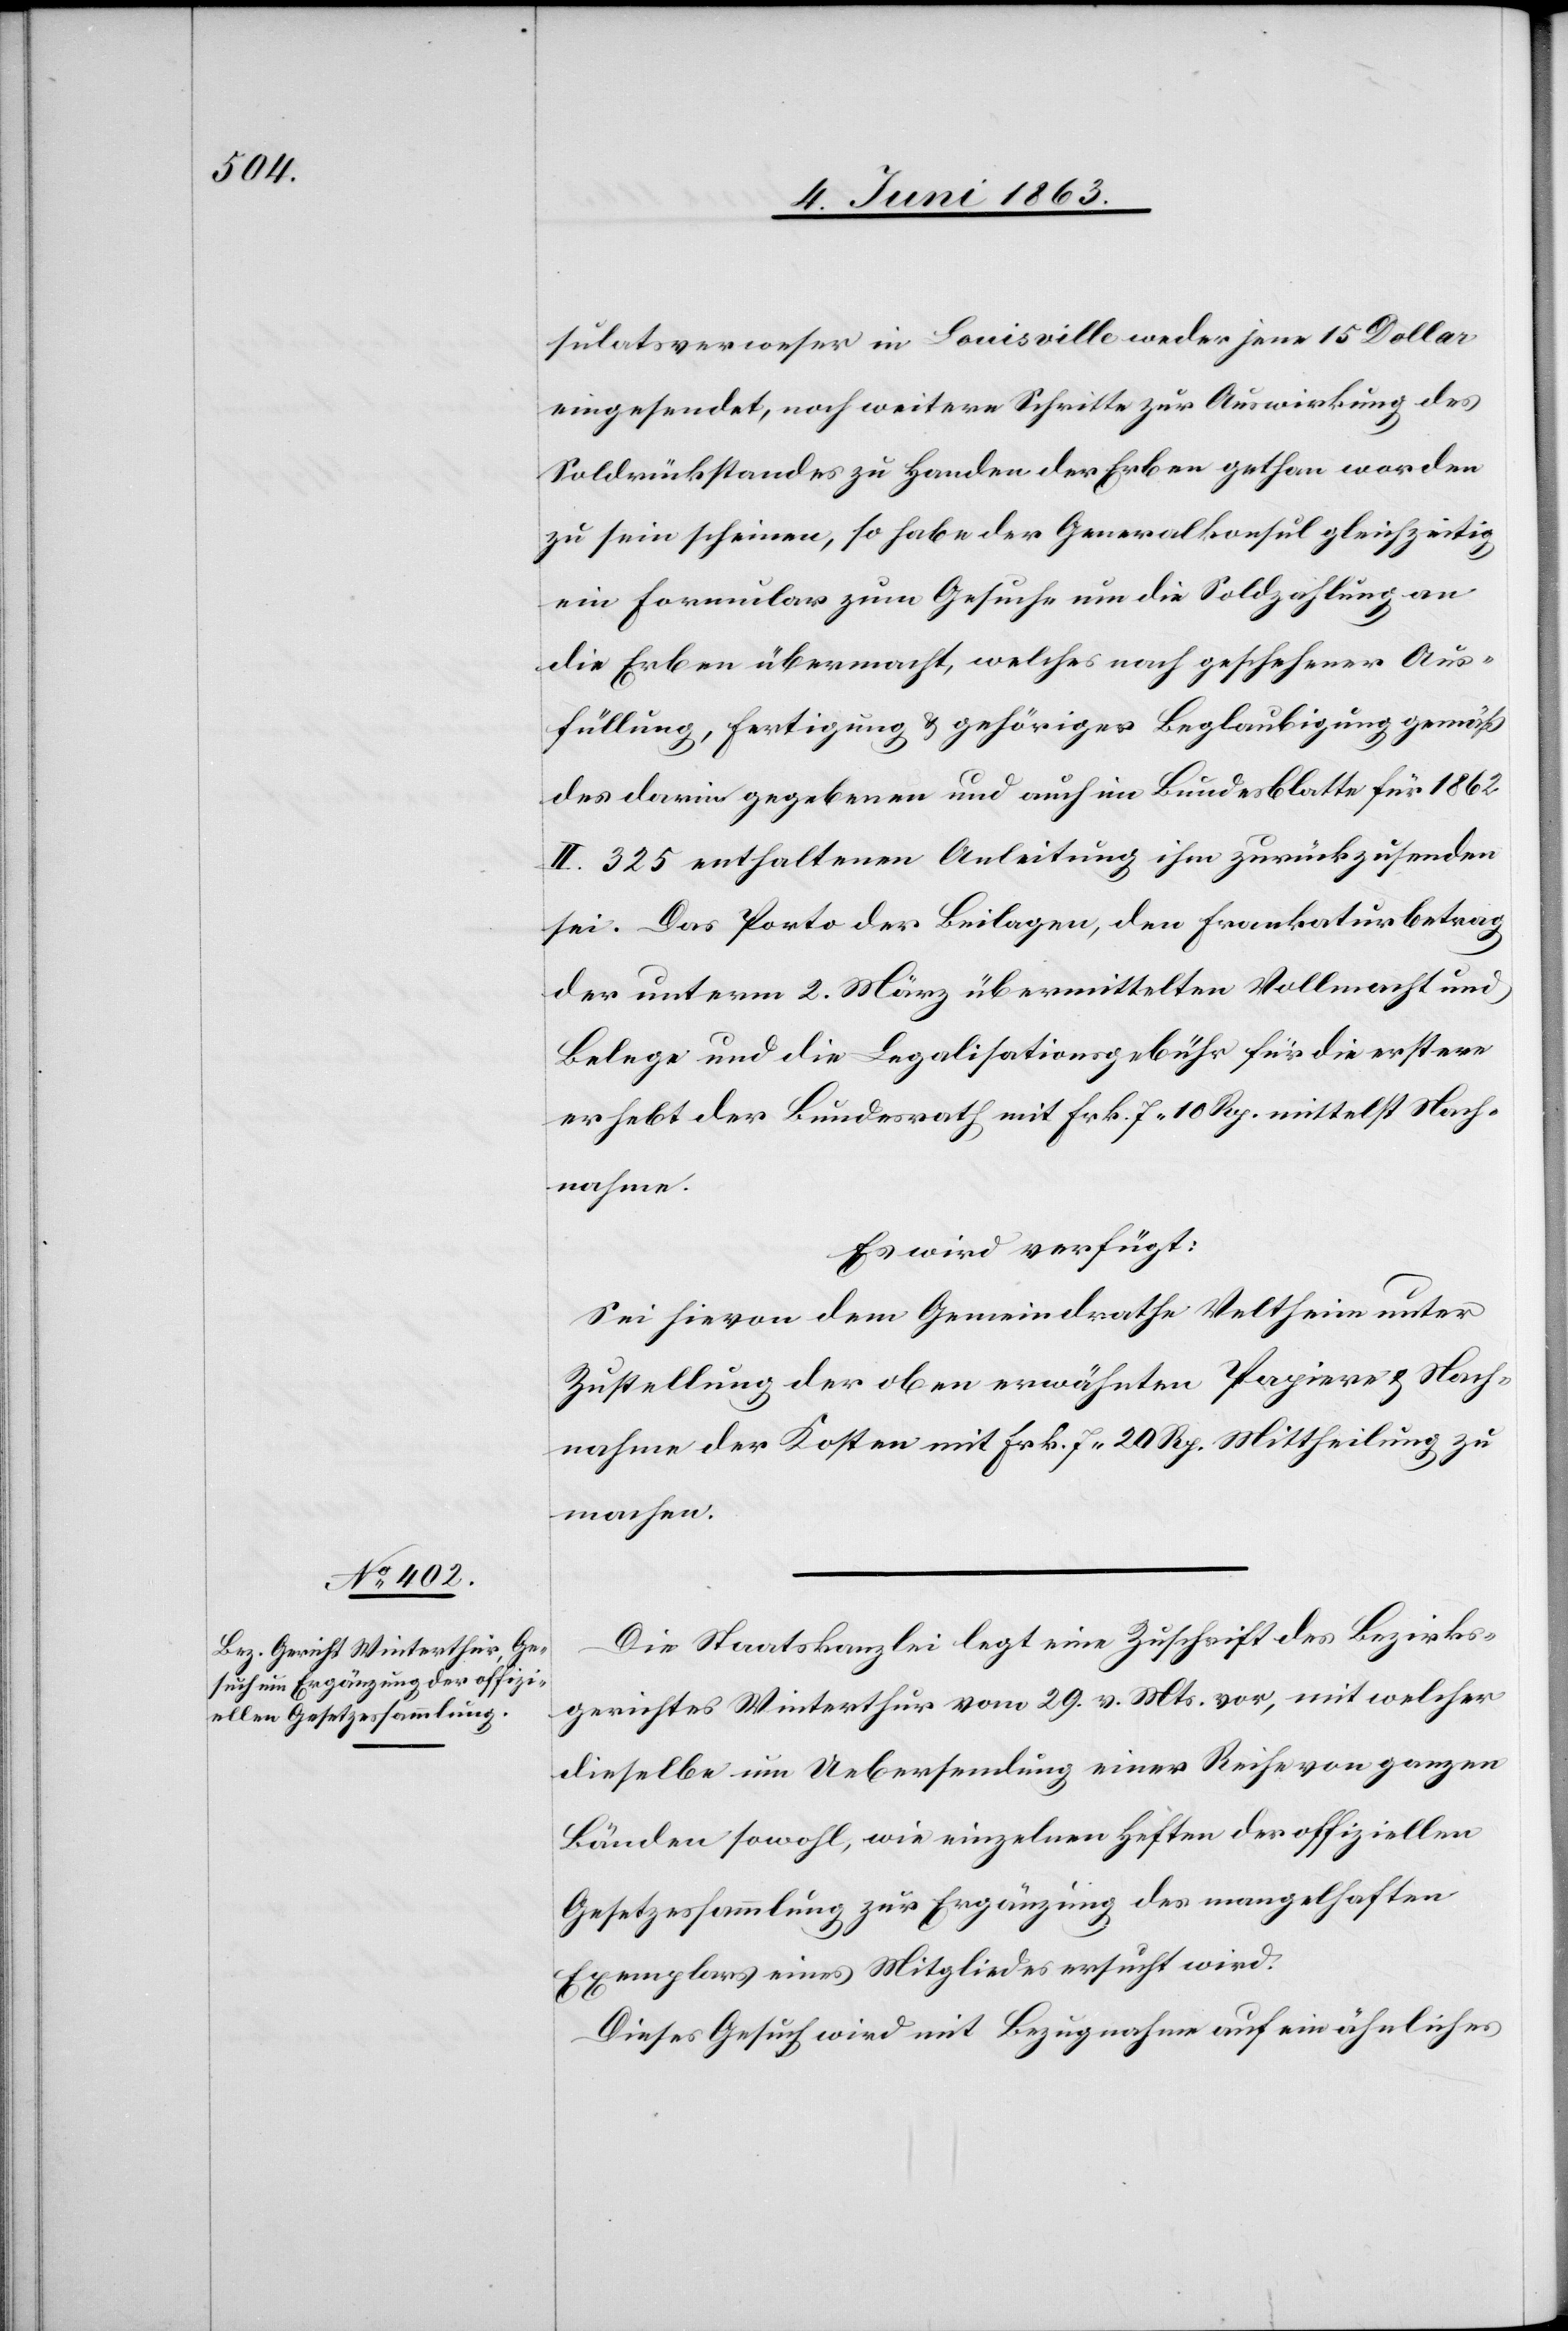
4. Juni 1863.]
sulatsverweser in Louisville weder jene 15 Dollar
eingesendet, noch weitere Schritte zur Auswirkung des
Soldrückstandes zu Handen der Erben gethan worden
zu sein scheinen, so habe der Generalkonsul gleichzeitig
ein Formular zum Gesuche um die Soldzahlung an
die Erben übermacht, welches nach geschehener Aus¬
füllung, Fertigung & gehöriger Beglaubigung gemäß
darin gegebenen und auch im Bundesblatte für 1862
II. 325 enthaltenen Anleitung ihm zurückzusenden
sei. Das Porto der Beilagen, den Frankaturbetrag
der unterm 2. März übermittelten Vollmacht und
Belege und die Legalisationsgebühr für die erstere
erhebt der Bundesrath mit Frk. 7. 10 Rp. mittelst Nach¬
nahme.
Es wird verfügt:
Sei hievon dem Gemeindrathe Veltheim unter
Zustellung der oben erwähnten Papiere & Nach¬
nahme der Kosten mit Frk. 7. 20 Rp. Mittheilung zu
machen.
Die Staatskanzlei legt eine Zuschrift des Bezirks¬
gerichtes Winterthur vom 29. v. Mts. vor, mit welcher
dieselbe um Uebersendung einer Reihe von ganzen
Bänden sowohl, wie einzelnen Heften der offiziellen
Gesetzessammlung zur Ergänzung des mangelhaften
Exemplars eines Mitgliedes ersucht wird.
Dieses Gesuch wird mit Bezugnahme auf ein ähnliches